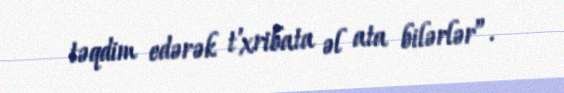
təqdim edərək t'xribata əl ata bilərlər”.